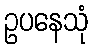
ဥပနေသုံ